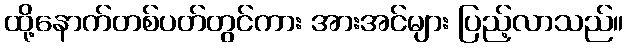
ထို့နောက်တစ်ပတ်တွင်ကား အားအင်များ ပြည့်လာသည်။